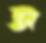
স